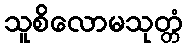
သူစိလောမသုတ္တံ